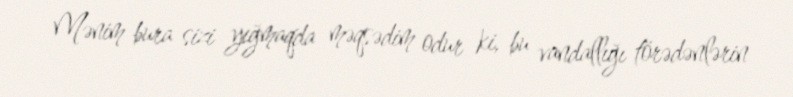
Mənim bura sizi yığmaqda məqsədim odur ki, bu vandallığı törədənlərin